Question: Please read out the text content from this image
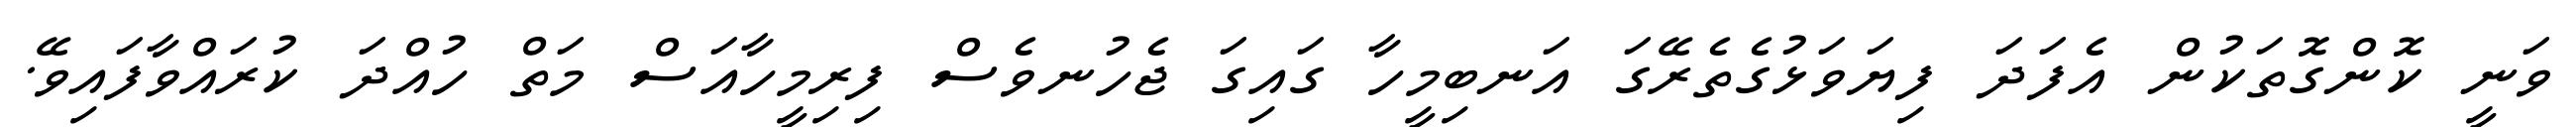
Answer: ވަނީ ކޮންގޮތަކުން އެފަދަ ފިޔަވަޅުގެތެރޭގަ އަނބިމީހާ ގައިގަ ޖެހުނވެސް ފިރިމީހާއަސް މަތް ހުއްދަ ކުރައްވާފައިވޭ.